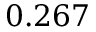
0 . 2 6 7